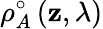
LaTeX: \rho_{A}^{\circ}\left(\mathbf{z},\lambda\right)